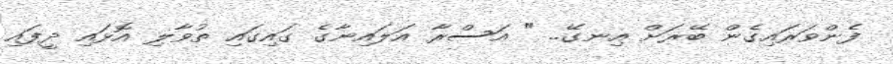
ފެންވަރައިގެން ބޭރަށް އިނގޭ.. " އަސްރާ އަލައިނާގެ ގައިގައި ތުވާލި އޮޅައި ދީފައި